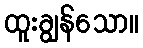
ထူးချွန်သော။